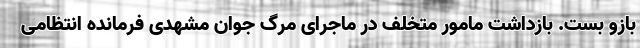
بازو بست. بازداشت مامور متخلف در ماجرای مرگ جوان مشهدی فرمانده انتظامی